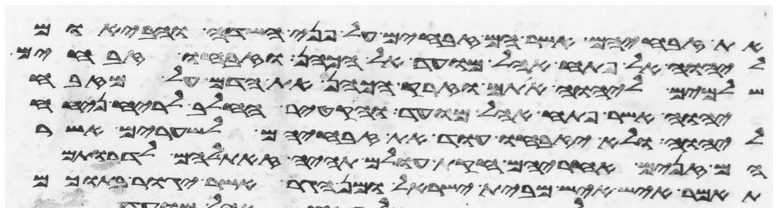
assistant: את זבחיהם אשר הם זבחים על פני השדה והבאום
ליהוה אל פתח אהל מועד אל הכהן וזבחו זבחי
שלמים ליהוה אתם וזרק הכהן את הדם על מזבח
יהוה אשר פתח אהל מועד והקטיר החלב לריח ניחח
ליהוה ולא יזבחו עוד את זבחיהם לשערים אשר
הם זנים אחריהם חקות עולם תהיה זאת להם לדרותם
תאמר איש איש מבית ישראל ומן הגר אשר יגור בתוכם